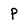
Character: P